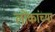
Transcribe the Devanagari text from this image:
लोंकांच्या